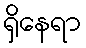
ရှိနေရာ